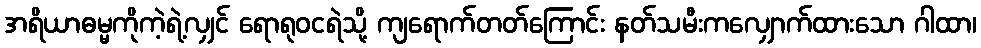
အရိယာဓမ္မကိုကဲ့ရဲ့လျှင် ရောရုဝငရဲသို့ ကျရောက်တတ်ကြောင်း နတ်သမီးကလျှောက်ထားသော ဂါထာ၊